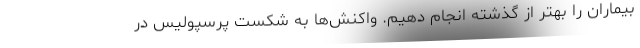
بیماران را بهتر از گذشته انجام دهیم. واکنش‌ها به شکست پرسپولیس در